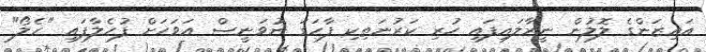
އައިޒަންގެ ލޮލުން ނީރާލައިފައި ހުރި ކަރުނަތިކި ފާހަގަ ނުވަނީސް އަވަހަށް ފުހެލާފައި "ހެލޯ"